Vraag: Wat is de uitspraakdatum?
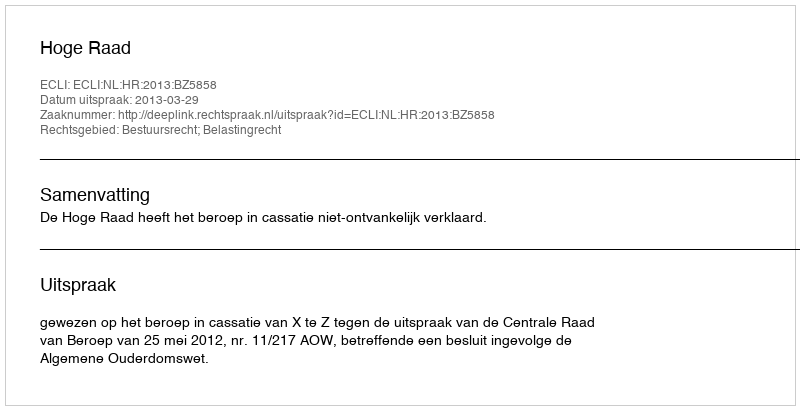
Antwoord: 2013-03-29